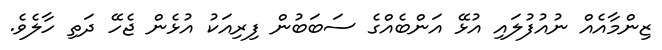
ޒިންމާއެއް ނުއުފުލައި އުޅޭ އަންބެއްގެ ސަބަބުން ފިރިއަކު އުޅެން ޖެހޭ ދަތި ހާލެވެ.